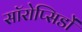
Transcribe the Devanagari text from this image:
सॉरोप्सिडों